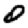
Digit: 0